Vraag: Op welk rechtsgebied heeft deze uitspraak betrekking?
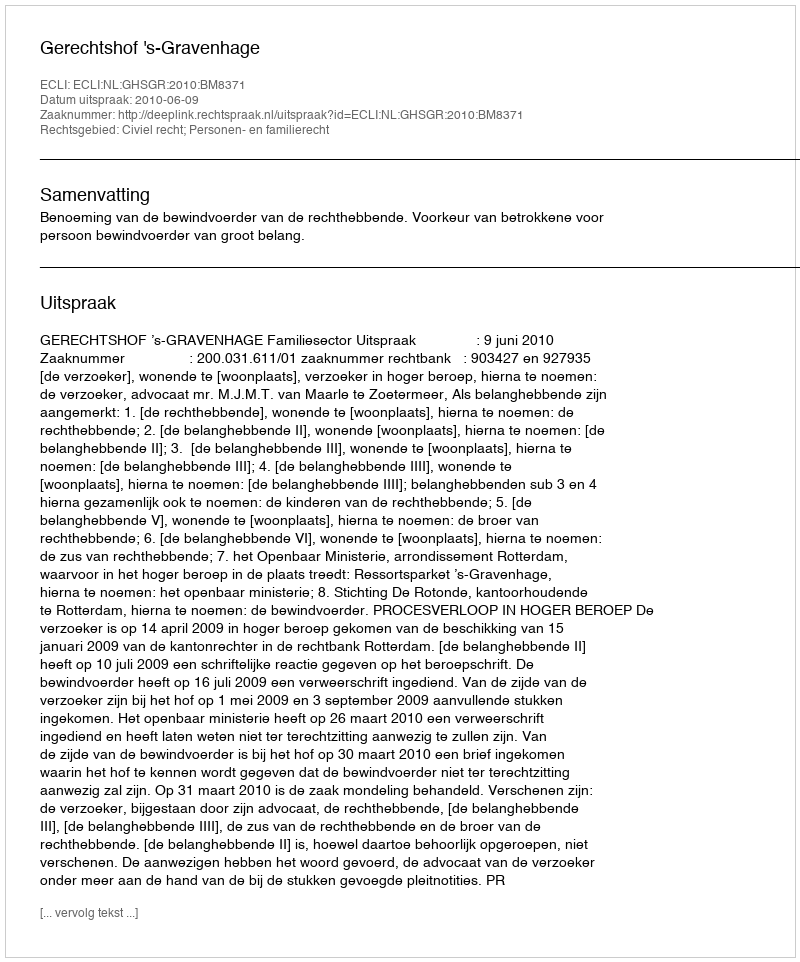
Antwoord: Civiel recht; Personen- en familierecht